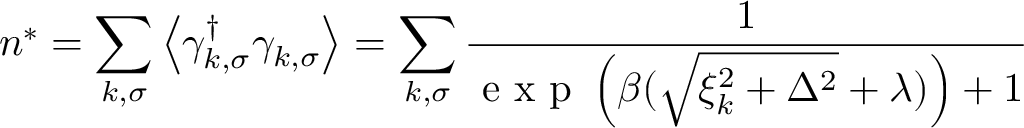
n ^ { * } = \sum _ { k , \sigma } \left\langle \gamma _ { k , \sigma } ^ { \dag } \gamma _ { k , \sigma } \right\rangle = \sum _ { k , \sigma } \frac { 1 } { \mathrm { ~ e ~ x ~ p ~ } \left( \beta ( \sqrt { \xi _ { k } ^ { 2 } + \Delta ^ { 2 } } + \lambda ) \right) + 1 }